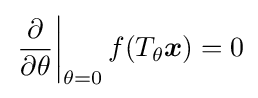
\left.{\frac {\partial }{\partial \theta }}\right|_{\theta =0}f(T_{\theta }{\boldsymbol {x}})=0